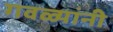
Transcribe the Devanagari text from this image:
गवळ्यांनी